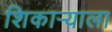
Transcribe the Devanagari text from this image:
शिकाऱ्याला